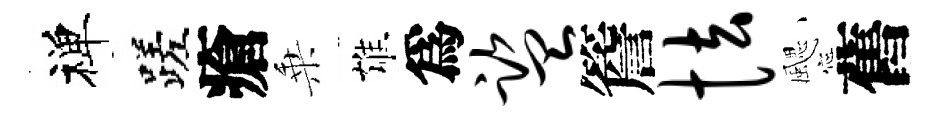
禅蹉瘡乗雄爲监簷怯颸舊